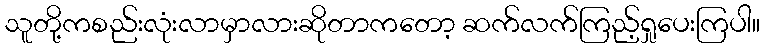
သူတို့ကစည်းလုံးလာမှာလားဆိုတာကတော့ ဆက်လက်ကြည့်ရှုပေးကြပါ။